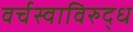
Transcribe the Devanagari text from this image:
वर्चस्वाविरुद्ध